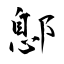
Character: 鄎